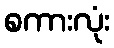
စကားလုံး